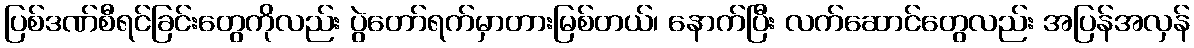
ပြစ်ဒဏ်စီရင်ခြင်းတွေကိုလည်း ပွဲတော်ရက်မှာတားမြစ်တယ်၊ နောက်ပြီး လက်ဆောင်တွေလည်း အပြန်အလှန်